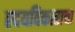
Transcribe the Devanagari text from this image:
ह्दयविकाराचा